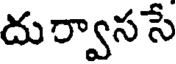
దుర్వాససే